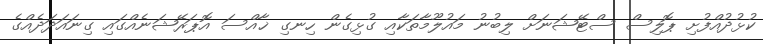
ކުޅުދުއްފުށި ޕޮލިސް ސްޓޭޝަނަށް ލިބުނު މައުލޫމާތަކާއި ގުޅިގެން ހިނގި ޚާއްސަ އޮޕަރޭޝަނެއްގައި ގިނައަދަދެއްގެ